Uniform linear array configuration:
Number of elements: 32
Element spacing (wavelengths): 0.5
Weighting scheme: cosine
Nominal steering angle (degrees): -15
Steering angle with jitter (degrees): -16.269
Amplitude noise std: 0.05
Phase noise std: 0.05

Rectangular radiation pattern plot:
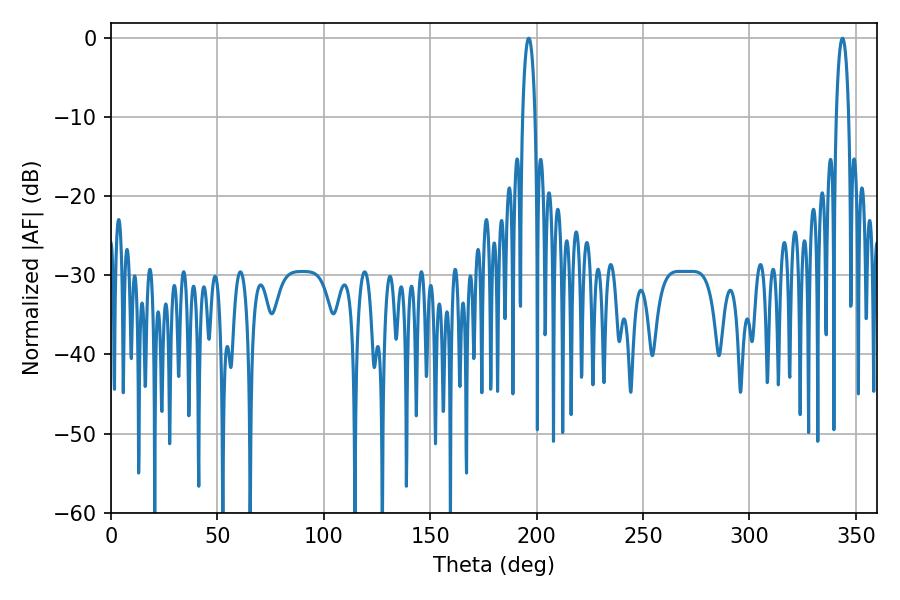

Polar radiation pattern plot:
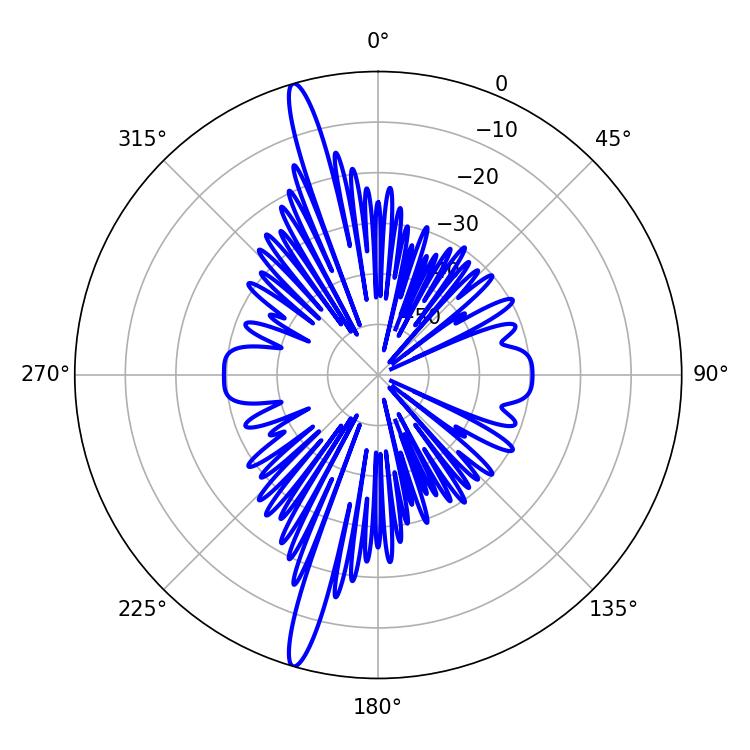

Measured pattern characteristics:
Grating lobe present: FALSE
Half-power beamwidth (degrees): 3.42
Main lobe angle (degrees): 196.2